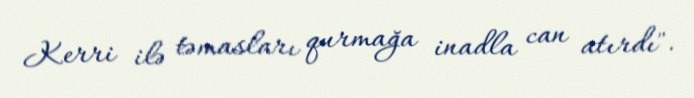
Kerri ilə təmasları qurmağa inadla can atırdı".